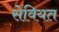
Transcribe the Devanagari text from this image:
सेवियत